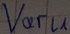
Text: Varl1